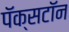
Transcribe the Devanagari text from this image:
पॅक्सटॉन